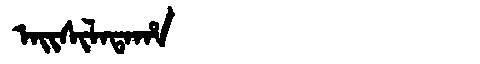
Manchu: ᠠᡳᠰᡳᠯᠠᡨᠠᡥᠠ
Romanization: AISILATAHA